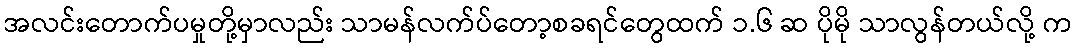
အလင်းတောက်ပမှုတို့မှာလည်း သာမန်လက်ပ်တော့စခရင်တွေထက် ၁.၆ ဆ ပိုမို သာလွန်တယ်လို့ က